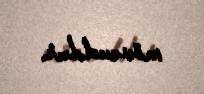
mövcuddur.